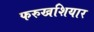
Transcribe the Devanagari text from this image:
फरुखशियार